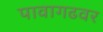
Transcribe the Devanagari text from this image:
पावागढवर